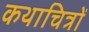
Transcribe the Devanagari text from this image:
कथाचित्रों